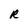
Character: R